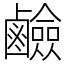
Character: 鹼